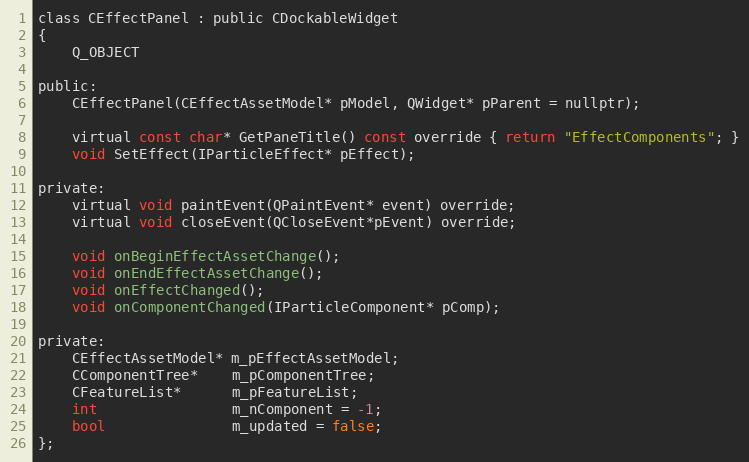
Language: C
class CEffectPanel : public CDockableWidget
{
	Q_OBJECT

public:
	CEffectPanel(CEffectAssetModel* pModel, QWidget* pParent = nullptr);

	virtual const char* GetPaneTitle() const override { return "EffectComponents"; }
	void SetEffect(IParticleEffect* pEffect);

private:
	virtual void paintEvent(QPaintEvent* event) override;
	virtual void closeEvent(QCloseEvent*pEvent) override;

	void onBeginEffectAssetChange();
	void onEndEffectAssetChange();
	void onEffectChanged();
	void onComponentChanged(IParticleComponent* pComp);

private:
	CEffectAssetModel* m_pEffectAssetModel;
	CComponentTree*    m_pComponentTree;
	CFeatureList*      m_pFeatureList;
	int                m_nComponent = -1;
	bool               m_updated = false;
};